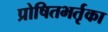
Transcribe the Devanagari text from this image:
प्रोषितभर्तृका